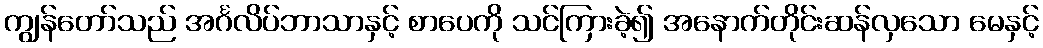
ကျွန်တော်သည် အင်္ဂလိပ်ဘာသာနှင့် စာပေကို သင်ကြားခဲ့၍ အနောက်တိုင်းဆန်လှသော မေနှင့်